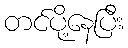
တင်ပို့နေပြီး